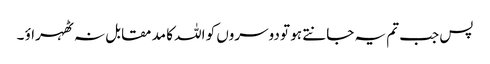
پس جب تم یہ جانتے ہو تو دوسروں کو اللہ کا مد مقابل نہ ٹھہراؤ ۔